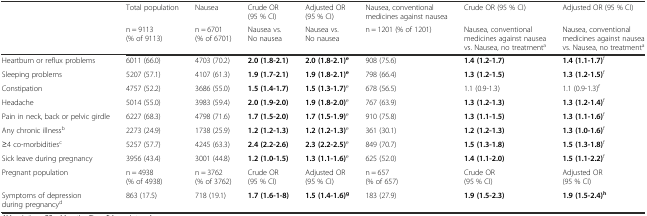
<table><thead><tr><td rowspan="2"></td><td><b>Total population</b></td><td><b>Nausea</b></td><td><b>Crude OR (95 % CI)</b></td><td><b>Adjusted OR (95 % CI)</b></td><td><b>Nausea, conventional medicines against nausea</b></td><td><b>Crude OR (95 % CI)</b></td><td><b>Adjusted OR (95 % CI)</b></td></tr><tr><td><b>n = 9113 (% of 9113)</b></td><td><b>n = 6701 (% of 6701)</b></td><td><b>Nausea vs. No nausea</b></td><td><b>Nausea vs. No nausea</b></td><td><b>n = 1201 (% of 1201)</b></td><td><b>Nausea, conventional medicines against nausea vs. Nausea, no treatment<sup>a</sup></b></td><td><b>Nausea, conventional medicines against nausea vs. Nausea, no treatment<sup>a</sup></b></td></tr></thead><tbody><tr><td>Heartburn or reflux problems</td><td>6011 (66.0)</td><td>4703 (70.2)</td><td><b>2.0 (1.8-2.1)</b></td><td><b>2.0 (1.8-2.1)</b><sup><b>e</b></sup></td><td>908 (75.6)</td><td><b>1.4 (1.2-1.7)</b></td><td><b>1.4 (1.1-1.7)</b><sup>f</sup></td></tr><tr><td>Sleeping problems</td><td>5207 (57.1)</td><td>4107 (61.3)</td><td><b>1.9 (1.7-2.1)</b></td><td><b>1.9 (1.8-2.1)</b><sup><b>e</b></sup></td><td>798 (66.4)</td><td><b>1.3 (1.2-1.5)</b></td><td><b>1.3 (1.2-1.5)</b><sup>f</sup></td></tr><tr><td>Constipation</td><td>4757 (52.2)</td><td>3686 (55.0)</td><td><b>1.5 (1.4-1.7)</b></td><td><b>1.5 (1.3-1.7)</b><sup>e</sup></td><td>678 (56.5)</td><td>1.1 (0.9-1.3)</td><td>1.1 (0.9-1.3)<sup>f</sup></td></tr><tr><td>Headache</td><td>5014 (55.0)</td><td>3983 (59.4)</td><td><b>2.0 (1.9-2.0)</b></td><td><b>1.9 (1.8-2.0)</b><sup>e</sup></td><td>767 (63.9)</td><td><b>1.3 (1.2-1.3)</b></td><td><b>1.3 (1.2-1.4)</b><sup>f</sup></td></tr><tr><td>Pain in neck, back or pelvic girdle</td><td>6227 (68.3)</td><td>4798 (71.6)</td><td><b>1.7 (1.5-2.0)</b></td><td><b>1.7 (1.5-1.9)</b><sup>e</sup></td><td>910 (75.8)</td><td><b>1.3 (1.1-1.5)</b></td><td><b>1.3 (1.1-1.6)</b><sup>f</sup></td></tr><tr><td>Any chronic illness<sup>b</sup></td><td>2273 (24.9)</td><td>1738 (25.9)</td><td><b>1.2 (1.2-1.3)</b></td><td><b>1.2 (1.2-1.3)</b><sup>e</sup></td><td>361 (30.1)</td><td><b>1.2 (1.2-1.3)</b></td><td><b>1.3 (1.0-1.6)</b><sup>f</sup></td></tr><tr><td>≥4 co-morbidities<sup>c</sup></td><td>5257 (57.7)</td><td>4245 (63.3)</td><td><b>2.4 (2.2-2.6)</b></td><td><b>2.3 (2.2-2.5)</b><sup>e</sup></td><td>849 (70.7)</td><td><b>1.5 (1.3-1.8)</b></td><td><b>1.5 (1.3-1.8)</b><sup>f</sup></td></tr><tr><td>Sick leave during pregnancy</td><td>3956 (43.4)</td><td>3001 (44.8)</td><td><b>1.2 (1.0-1.5)</b></td><td><b>1.3 (1.1-1.6)</b><sup>e</sup></td><td>625 (52.0)</td><td><b>1.4 (1.1-2.0)</b></td><td><b>1.5 (1.1-2.2)</b><sup>f</sup></td></tr><tr><td>Pregnant population</td><td>n = 4938 (% of 4938)</td><td>n = 3762 (% of 3762)</td><td>Crude OR (95 % CI)</td><td>Adjusted OR (95 % CI)</td><td>n = 657 (% of 657)</td><td>Crude OR (95 % CI)</td><td>Adjusted OR (95 % CI)</td></tr><tr><td>Symptoms of depression during pregnancy<sup>d</sup></td><td>863 (17.5)</td><td>718 (19.1)</td><td><b>1.7 (1.6-1-8)</b></td><td><b>1.5 (1.4-1.6)</b><sup><b>g</b></sup></td><td>183 (27.9)</td><td><b>1.9 (1.5-2.3)</b></td><td><b>1.9 (1.5-2.4)</b><sup><b>h</b></sup></td></tr></tbody></table>